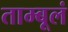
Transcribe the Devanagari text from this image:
ताम्बूलं